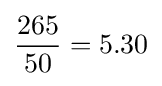
{\frac {265}{50}}=5.30